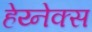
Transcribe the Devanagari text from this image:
हेय्नेक्स